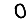
Digit: 0